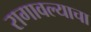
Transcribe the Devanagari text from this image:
रागावल्याचा